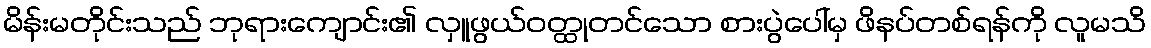
မိန်းမတိုင်းသည် ဘုရားကျောင်း၏ လှူဖွယ်ဝတ္ထုတင်သော စားပွဲပေါ်မှ ဖိနပ်တစ်ရန်ကို လူမသိ